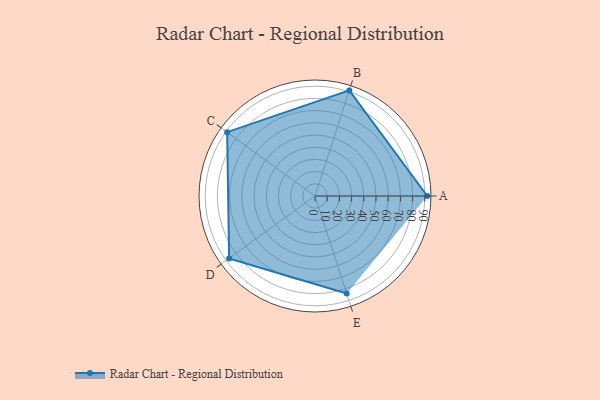
{"axis": {"x": "Skill", "y": "Score"}, "legend": ["Profile"], "data": [{"x": "A", "y": 92.0, "type": "Profile"}, {"x": "B", "y": 91.0, "type": "Profile"}, {"x": "C", "y": 89.0, "type": "Profile"}, {"x": "D", "y": 87.0, "type": "Profile"}, {"x": "E", "y": 84.0, "type": "Profile"}]}